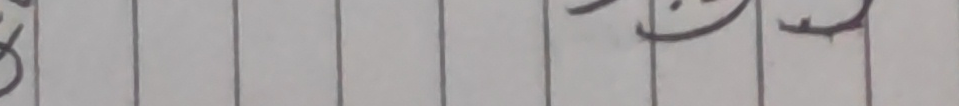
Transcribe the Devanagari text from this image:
८ खुत